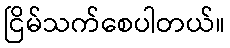
ငြိမ်သက်စေပါတယ်။